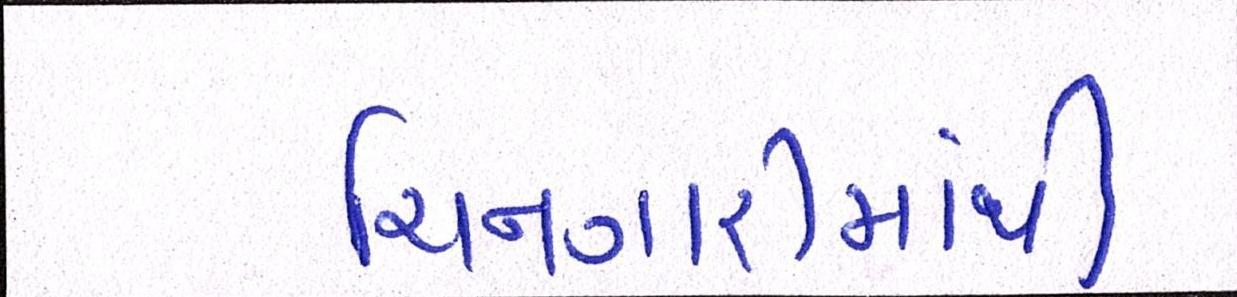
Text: ચિનગારીમાંથી